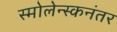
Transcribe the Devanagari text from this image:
स्मोलेन्स्कनंतर